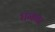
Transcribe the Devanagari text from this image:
घनना